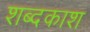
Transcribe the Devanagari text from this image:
शब्दकाश